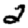
Digit: 2